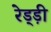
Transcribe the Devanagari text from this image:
रेड्ड़ी